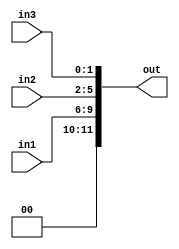
module concat_assign(
    input [3:0] in1,
    input [3:0] in2,
    input [1:0] in3,
    output [11:0] out
);

assign out = {in1[3:0], in2[3:0], in3[1:0]};

endmodule